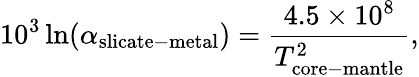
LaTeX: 10^{3}\ln(\alpha_{\mathrm{slicate-metal}})=\frac{4.5\times 10^{8}}{T_{\mathrm{core-mantle}}^{2}},